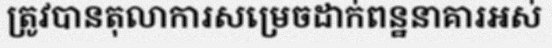
ត្រូវបានតុលាការសម្រេចដាក់ពន្ឋនាគារអស់